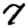
Digit: 7